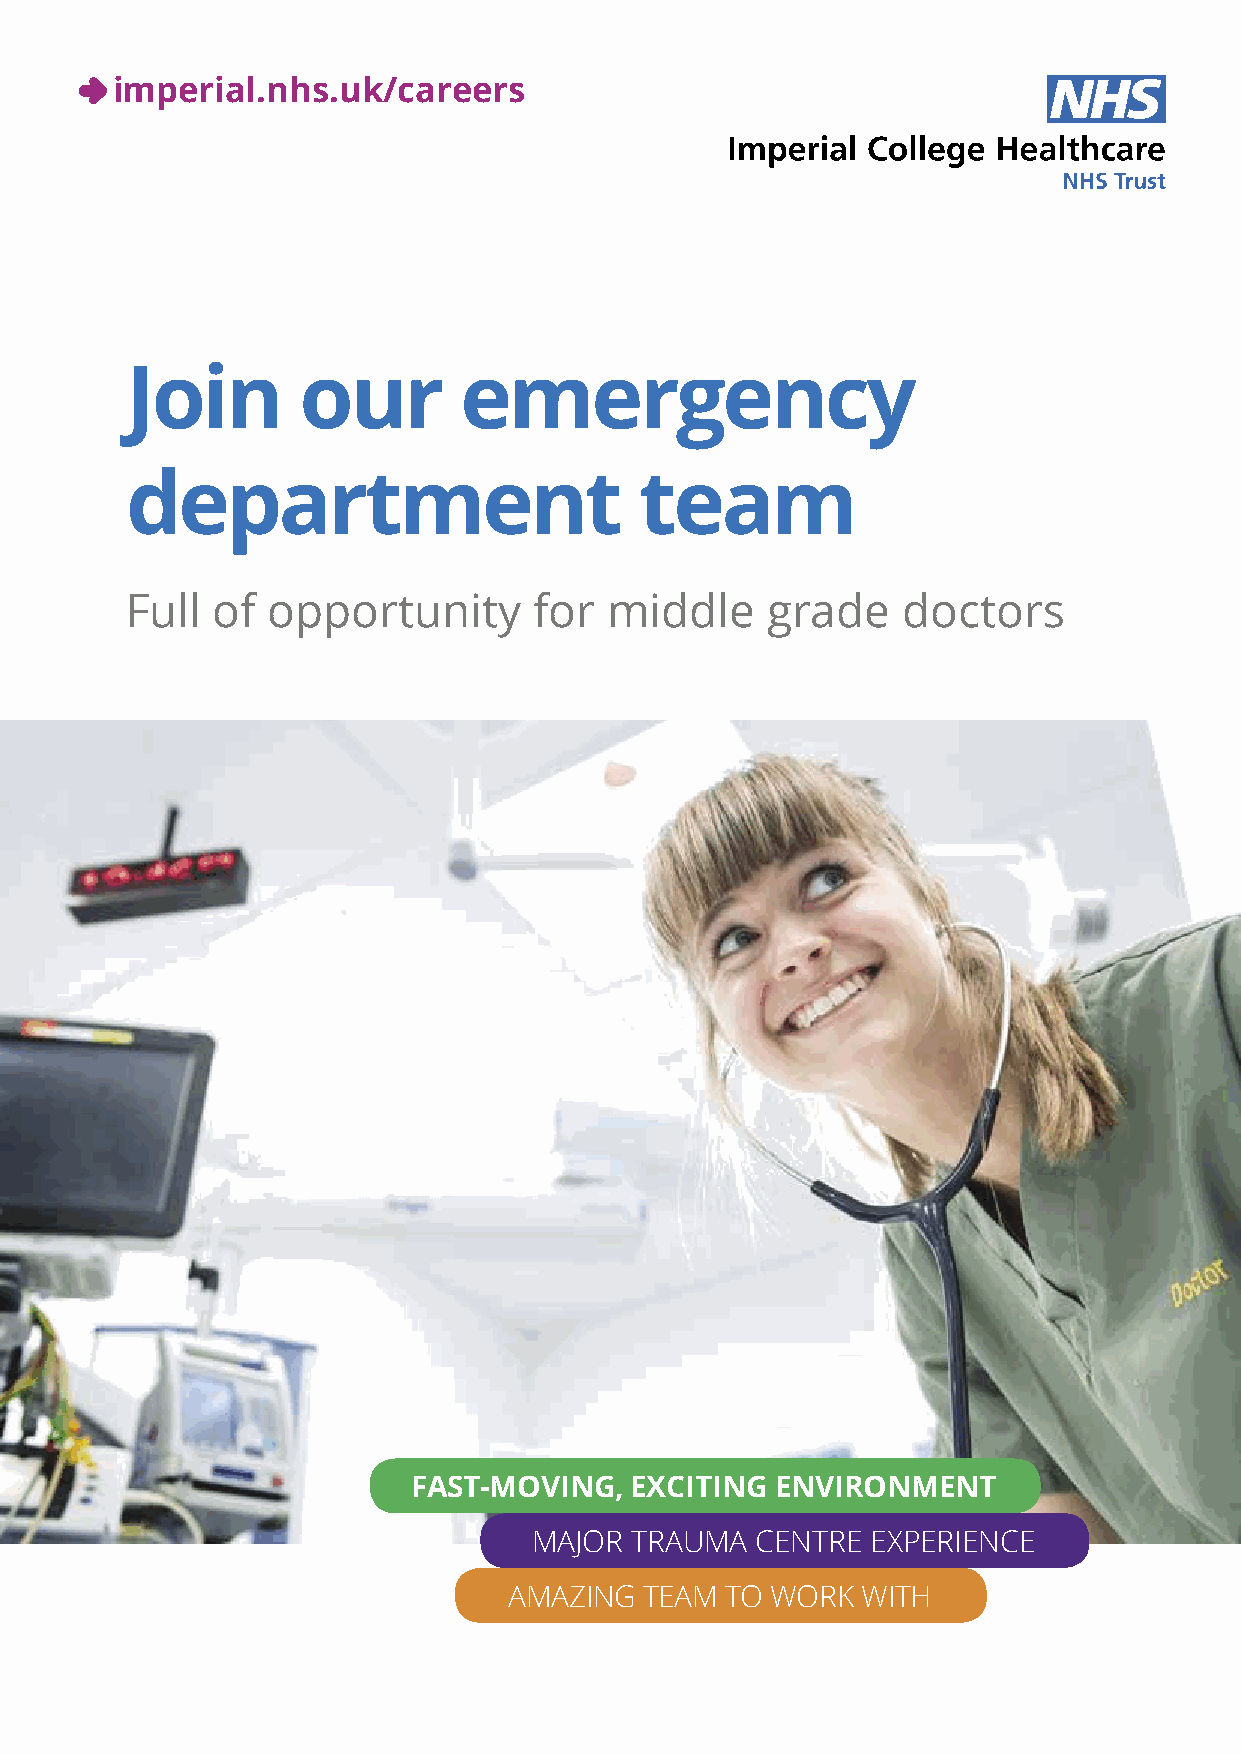
imperial.nhs.uk/careers
 Join        our       emergency
 department                        team
 Full  of  opportunity      for  middle     grade    doctors
 FAST-MOVING,   EXCITING ENVIRONMENT
 MAJOR  TRAUMA  CENTRE  EXPERIENCE
 AMAZING  TEAM TO WORK  WITH